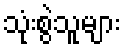
သုံးစွဲသူများ